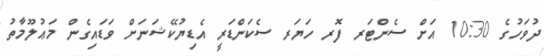
ދުވަހުގެ 10:30 އަށް ސެންޓަރ ފޮރ ހަޔަރ ސެކަންޑަރީ އެޑިޔުކޭޝަނަށް ވަޑައިގެން މަޢުލޫމާތު